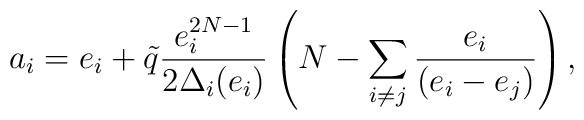
a_{i} = e_{i} + \tilde{q} \frac{e_{i}^{2N-1}}{2 \Delta_{i}(e_{i})} \left( N - \sum_{i \neq j} \frac{e_{i}}{(e_{i} - e_{j})} \right),